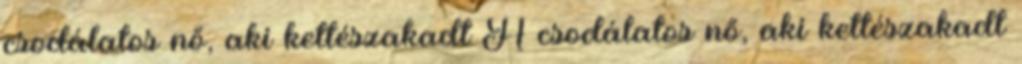
csodálatos nő, aki kettészakadt A csodálatos nő, aki kettészakadt